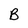
Character: B